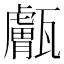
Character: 𤮣